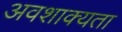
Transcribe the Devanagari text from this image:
अवशाक्यता